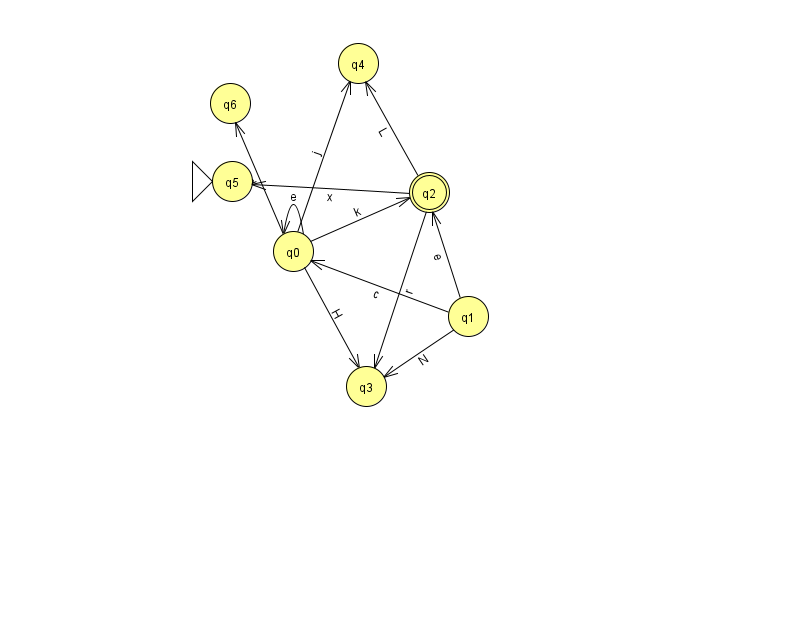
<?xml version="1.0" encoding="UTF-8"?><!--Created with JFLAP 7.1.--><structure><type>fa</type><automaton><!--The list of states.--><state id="0" name="q0"><x>293.0</x><y>238.0</y></state><state id="1" name="q1"><x>468.0</x><y>303.0</y></state><state id="2" name="q2"><x>429.0</x><y>179.0</y><final/></state><state id="3" name="q3"><x>366.0</x><y>373.0</y></state><state id="4" name="q4"><x>358.0</x><y>50.0</y></state><state id="5" name="q5"><x>232.0</x><y>168.0</y><initial/></state><state id="6" name="q6"><x>230.0</x><y>90.0</y></state><!--The list of transitions.--><transition><from>0</from><to>2</to><read>k</read></transition><transition><from>0</from><to>3</to><read>H</read></transition><transition><from>1</from><to>0</to><read>c</read></transition><transition><from>2</from><to>3</to><read>r</read></transition><transition><from>0</from><to>0</to><read>e</read></transition><transition><from>0</from><to>4</to><read>j</read></transition><transition><from>1</from><to>3</to><read>N</read></transition><transition><from>2</from><to>5</to><read>x</read></transition><transition><from>0</from><to>6</to><read>d</read></transition><transition><from>2</from><to>4</to><read>L</read></transition><transition><from>1</from><to>2</to><read>e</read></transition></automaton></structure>